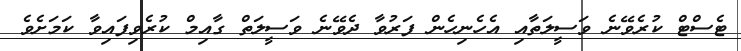
ޓެސްޓް ކުރެވޭނެ ވަސީލަތާއި އެހެނިހެން ފަރުވާ ދެވޭނެ ވަސީލަތް ގާއިމް ކުރެވިފައިވާ ކަމަށެވެ